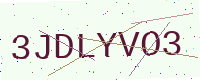
Text: 3JDLYVO3